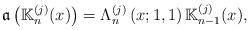
LaTeX: \begin{align*}\mathfrak{a}\left( \mathbb{K}_{n}^{(j)}(x)\right) =\Lambda _{n}^{\left(j\right) }\left( x;1,1\right) \mathbb{K}_{n-1}^{(j)}(x), \end{align*}